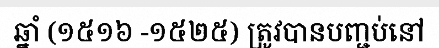
ឆ្នាំ (១៥១៦ -១៥២៥) ត្រូវបានបញ្ជប់នៅ